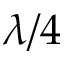
\lambda / 4